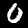
Digit: 0